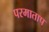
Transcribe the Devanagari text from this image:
परमाताप